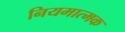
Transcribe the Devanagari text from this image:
नियमात्मक